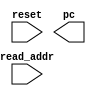
module pc_assign (
    input wire reset,
    input wire[31:0] read_addr,
    output wire[31:0] pc
);
    always @* begin
        if (!reset) begin
            read_addr = pc;
        end
    end

endmodule